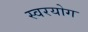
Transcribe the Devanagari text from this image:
स्वरयोग